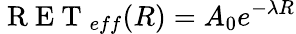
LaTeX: \mathrm{~R~E~T~}_{eff}(R)=A_{0}e^{-\lambda R}